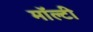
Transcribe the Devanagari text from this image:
मॉल्टी